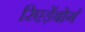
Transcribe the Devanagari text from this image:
रिएड़ेंबोर्ग